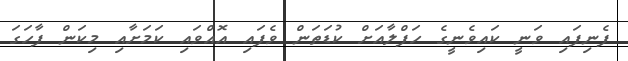
ފެނިފައި ވަނީ ކައިވެނީގެ ހަފްލާއަށް ކުޑަތަން ވެފައި އޮއްވައި ކަމަށާއި މިކަން ފާހަގަ